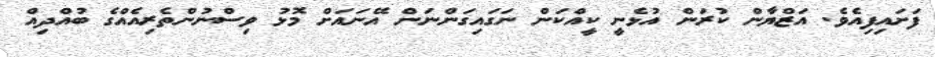
ފަށައިފިއެވެ. އަޒްޔާން ކުރަން އުޅެނީ ކީއްކަން ނަގައިގަންނަން އޭނައަށް މޮޅު ވިސްނުންތެރިއެއްގެ ބުއްދިއް